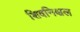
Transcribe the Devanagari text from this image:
शिवनिश्चल